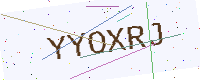
Text: YYOXRJ